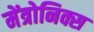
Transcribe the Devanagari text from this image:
मेंत्रोनिक्स